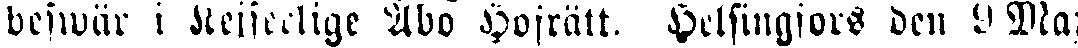
beswär i Kejserlige Åbo Hofrätt. Helsingfors den 9 Maj